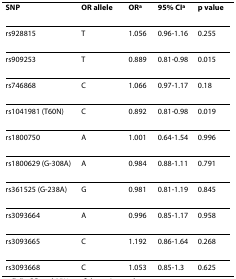
<table><thead><tr><td><b>SNP</b></td><td><b>OR allele</b></td><td><b>OR<sup>a</sup></b></td><td><b>95% CI<sup>a</sup></b></td><td><b>p value</b></td></tr></thead><tbody><tr><td>rs928815</td><td>T</td><td>1.056</td><td>0.96-1.16</td><td>0.255</td></tr><tr><td>rs909253</td><td>T</td><td>0.889</td><td>0.81-0.98</td><td>0.015</td></tr><tr><td>rs746868</td><td>C</td><td>1.066</td><td>0.97-1.17</td><td>0.18</td></tr><tr><td>rs1041981 (T60N)</td><td>C</td><td>0.892</td><td>0.81-0.98</td><td>0.019</td></tr><tr><td>rs1800750</td><td>A</td><td>1.001</td><td>0.64-1.54</td><td>0.996</td></tr><tr><td>rs1800629 (G-308A)</td><td>A</td><td>0.984</td><td>0.88-1.11</td><td>0.791</td></tr><tr><td>rs361525 (G-238A)</td><td>G</td><td>0.981</td><td>0.81-1.19</td><td>0.845</td></tr><tr><td>rs3093664</td><td>A</td><td>0.996</td><td>0.85-1.17</td><td>0.958</td></tr><tr><td>rs3093665</td><td>C</td><td>1.192</td><td>0.86-1.64</td><td>0.268</td></tr><tr><td>rs3093668</td><td>C</td><td>1.053</td><td>0.85-1.3</td><td>0.625</td></tr></tbody></table>